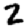
Digit: 2